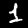
Digit: 1